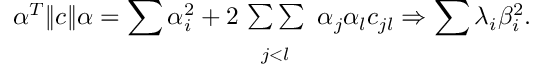
\alpha ^ { T } \| c \| \alpha = \sum \alpha _ { i } ^ { 2 } + 2 \! \begin{array} { c } { { { } } } \\ { { { \sum \sum } } } \\ { { { } _ { j < l } } } \end{array} \alpha _ { j } \alpha _ { l } c _ { j l } \Rightarrow \sum \lambda _ { i } \beta _ { i } ^ { 2 } .